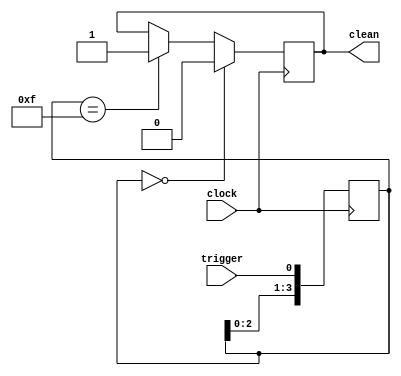
module debounce(
    input clock,
    input trigger,
    output clean
    );
	 
	 reg [3:0] deb;
	 reg clean;
	 
	 always@(posedge clock)
	 begin
	   deb[3:0] <= {deb[2:0],trigger};
	   if(deb[3:0] == 4'b0000)
	   begin
    	   clean <= 1'b0;
      end
      else if(deb[3:0] == 4'b1111)
      begin
         clean <= 1'b1;
      end
      else 
      begin
        clean <= clean;
      end
	 end
	 
endmodule